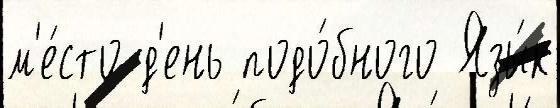
м'е́сто д'ень подо́бного Язы́к